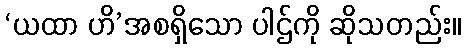
‘ယထာ ဟိ’အစရှိသော ပါဌ်ကို ဆိုသတည်း။